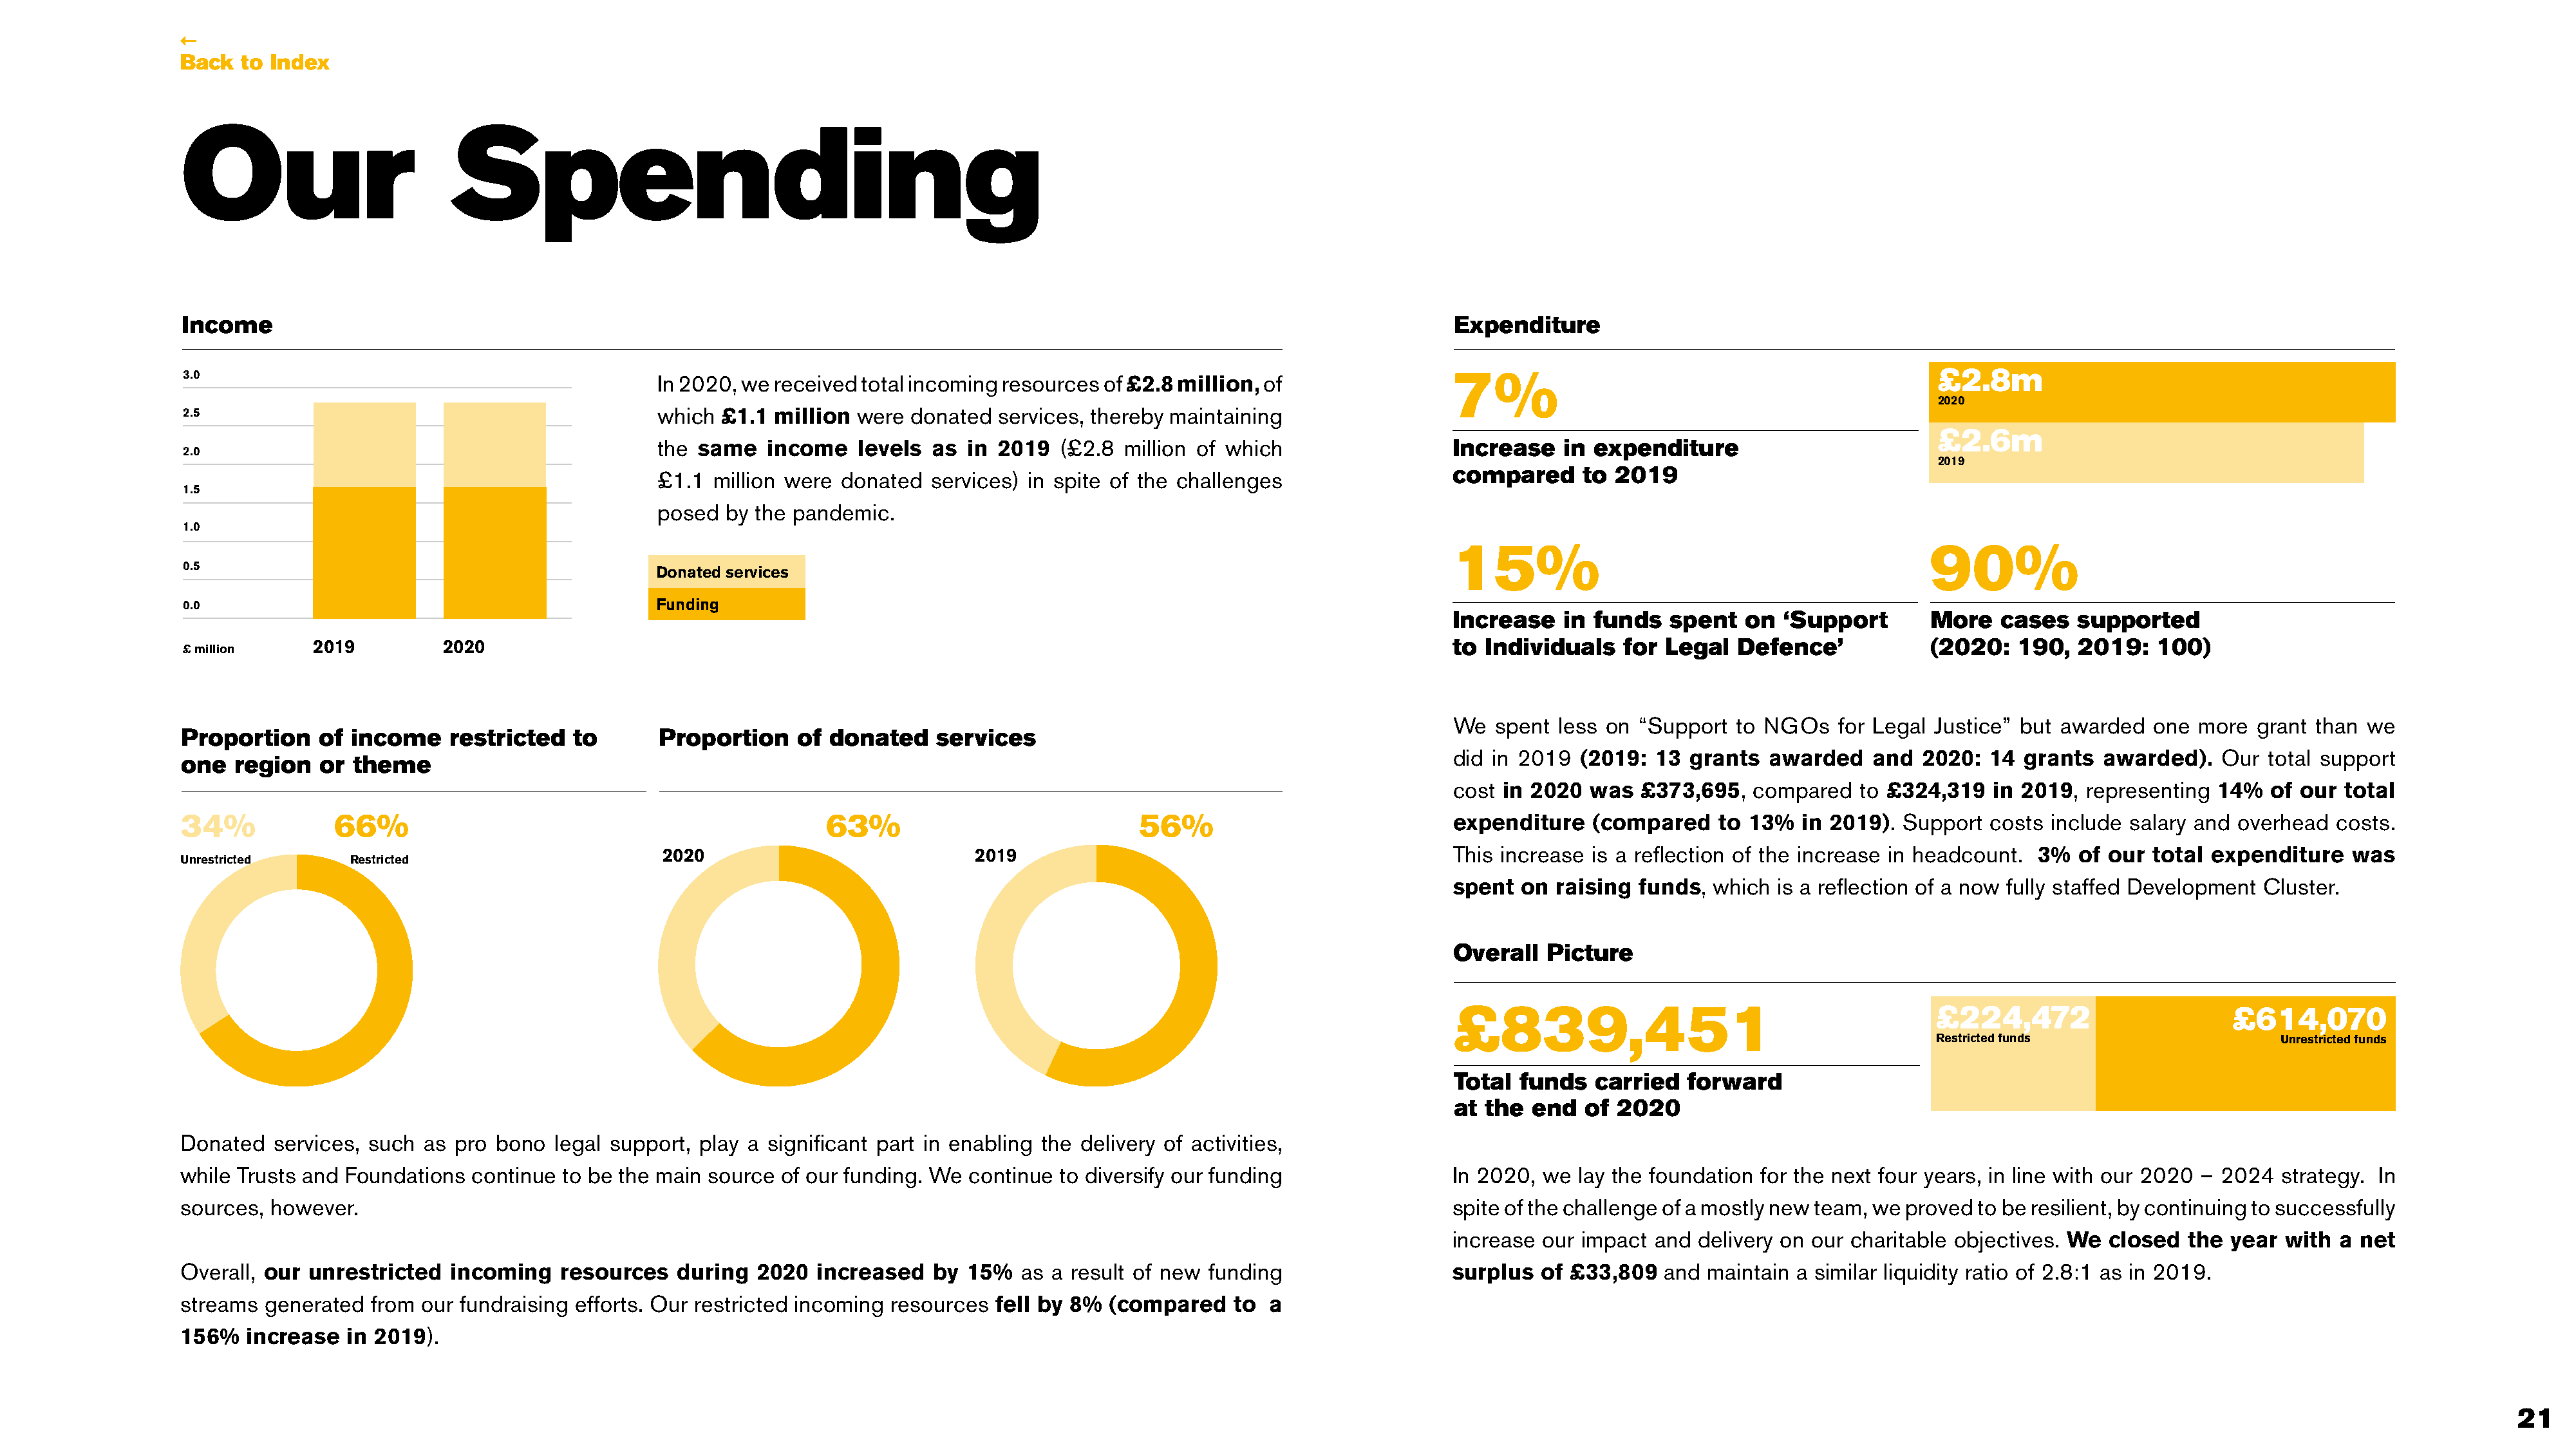
←
 Back  to Index
 Our                        Spending
 Income                                                                                                                            Expenditure
 3.0                                                                                                                               7%                                                £2.8m
 In 2020, we received total incoming resources of £2.8 million, of
 2020
 2.5                                              which £1.1  million were  donated  services, thereby maintaining
 £2.6m
 the same   income   levels  as in  2019  (£2.8  million of which                 Increase    in expenditure
 2.0
 2019
 compared      to 2019
 £1.1 million were donated   services) in spite of the challenges
 1.5
 posed  by the pandemic.
 1.0
 15%                                              90%
 0.5
 Donated services
 0.0                                             Funding
 Increase    in funds   spent  on  ‘Support       More    cases   supported
 2019          2020                                                                                                   to  Individuals   for Legal   Defence’           (2020:   190,   2019:   100)
 £ million
 We   spent less on  “Support  to NGOs   for Legal Justice” but awarded  one  more  grant than we
 Proportion    of income    restricted   to       Proportion    of donated    services
 did in 2019  (2019:  13  grants  awarded    and  2020:  14 grants  awarded).   Our  total support
 one  region   or theme
 cost in 2020  was   £373,695,  compared   to £324,319   in 2019, representing  14%  of our  total
 34%            66%                                                63%                             56%                             expenditure    (compared    to 13%  in 2019).  Support  costs include salary and overhead  costs.
 2020                            2019                                             This increase  is a reflection of the increase in headcount. 3%  of our total expenditure    was
 Unrestricted     Restricted
 spent  on  raising funds,  which  is a reflection of a now fully staffed Development Cluster.
 Overall   Picture
 £839,451                                          £224,472                       £614,070
 Restricted funds                   Unrestricted funds
 Total  funds   carried   forward
 at  the end   of 2020
 Donated  services, such  as pro bono  legal support, play a significant part in enabling the delivery of activities,
 while Trusts and Foundations  continue to be the main source of our funding. We  continue to diversify our funding                In 2020,  we lay the foundation for the next four years, in line with our 2020 – 2024 strategy. In
 sources, however.                                                                                                                 spite of the challenge of a mostly new team, we proved to be resilient, by continuing to successfully
 increase  our impact and  delivery on our charitable objectives. We closed  the year  with a  net
 Overall, our unrestricted  incoming    resources   during  2020  increased   by 15%   as a result of new funding                  surplus  of £33,809   and  maintain a similar liquidity ratio of 2.8:1 as in 2019.
 streams generated  from our fundraising efforts. Our restricted incoming resources fell by 8%  (compared    to a
 156%  increase   in 2019).
 21